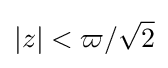
\left|z\right|<\varpi /{\sqrt {2}}